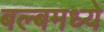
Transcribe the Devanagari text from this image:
बल्बमध्ये